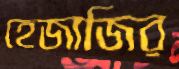
হেজাজির